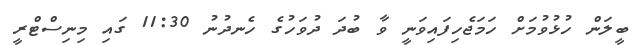
ބީލަން ހުޅުވުމަށް ހަމަޖެހިފައިވަނީ ވާ ބުދަ ދުވަހުގެ ހެނދުނު 11:30 ގައި މިނިސްޓްރީ